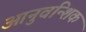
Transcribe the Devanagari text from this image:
आनुवन्शिक